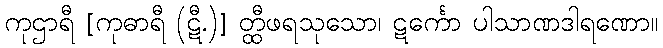
ကုဌာရီ [ကုဓာရီ (ဋီ.)] တ္ထီဖရသုသော၊ ဋင်္ကော ပါသာဏဒါရဏော။